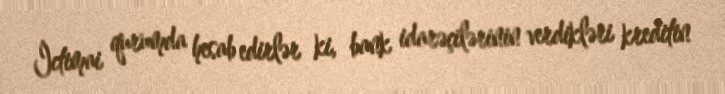
İctimai qurumda hesab edirlər ki, bank idarəçilərinin verdikləri kreditin